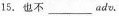
15. 也不 ___ adv.